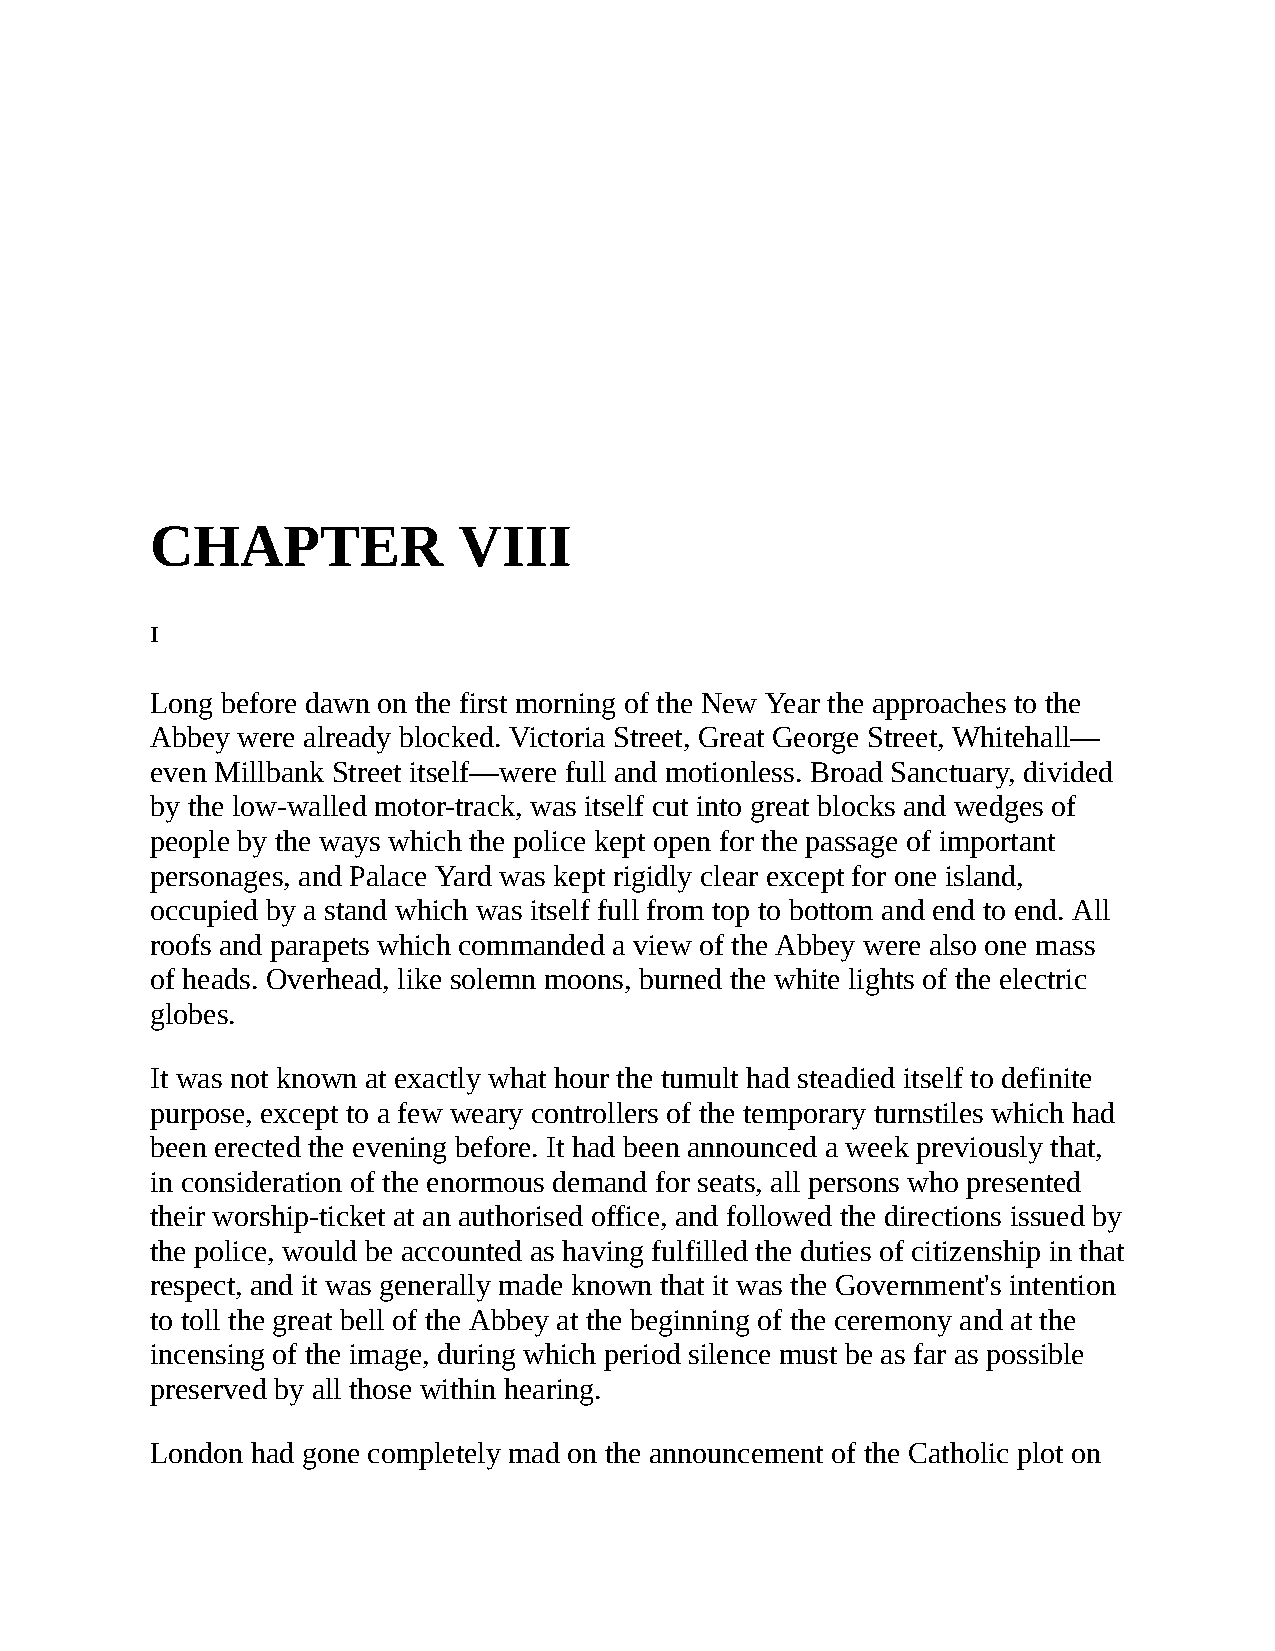
CHAPTER             VIII
 I
 Long before dawn on the first morning of the New Year the approaches to the
 Abbey were already blocked. Victoria Street, Great George Street, Whitehall—
 even Millbank Street itself—were full and motionless. Broad Sanctuary, divided
 by the low-walled motor-track, was itself cut into great blocks and wedges of
 people by the ways which the police kept open for the passage of important
 personages, and Palace Yard was kept rigidly clear except for one island,
 occupied by a stand which was itself full from top to bottom and end to end. All
 roofs and parapets which commanded a view of the Abbey were also one mass
 of heads. Overhead, like solemn moons, burned the white lights of the electric
 globes.
 It was not known at exactly what hour the tumult had steadied itself to definite
 purpose, except to a few weary controllers of the temporary turnstiles which had
 been erected the evening before. It had been announced a week previously that,
 in consideration of the enormous demand for seats, all persons who presented
 their worship-ticket at an authorised office, and followed the directions issued by
 the police, would be accounted as having fulfilled the duties of citizenship in that
 respect, and it was generally made known that it was the Government's intention
 to toll the great bell of the Abbey at the beginning of the ceremony and at the
 incensing of the image, during which period silence must be as far as possible
 preserved by all those within hearing.
 London had gone completely mad on the announcement of the Catholic plot on